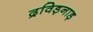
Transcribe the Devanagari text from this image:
द्रविड़नाड़